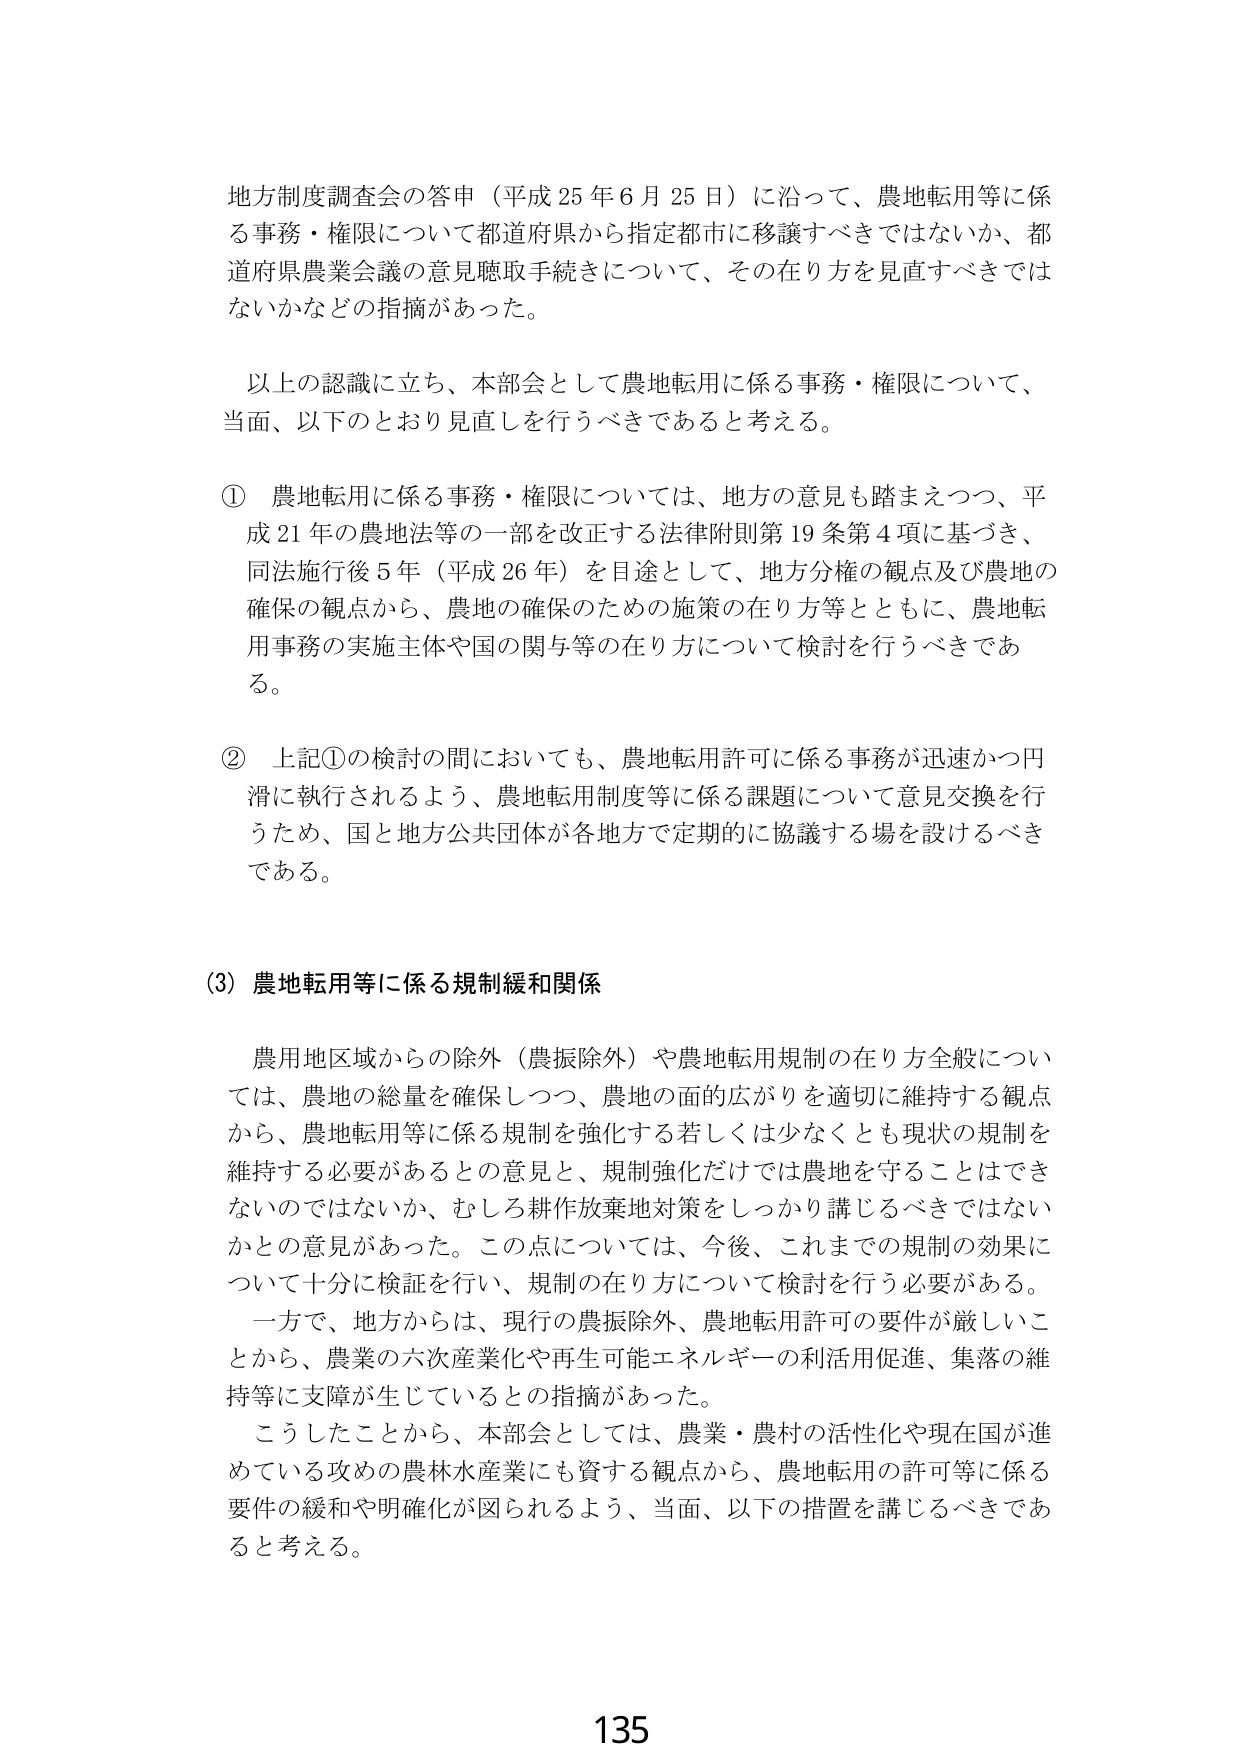
地方制度調査会の答申（平成25年6月25日）に沿って、農地転用等に係る事務・権限について都道府県から指定都市に移譲すべきではないか、都道府県農業会議の意見聴取手続きについて、その在り方を見直すべきではないかなどの指摘があった。

以上の認識に立ち、本部会として農地転用に係る事務・権限について、当面、以下のとおり見直しを行うべきであると考える。

① 農地転用に係る事務・権限については、地方の意見も踏まえつつ、平成21年の農地法等の一部を改正する法律附則第19条第4項に基づき、同法施行後5年（平成26年）を目途として、地方分権の観点及び農地の確保の観点から、農地の確保のための施策の在り方等とともに、農地転用事務の実施主体や国の関与等の在り方について検討を行うべきである。

② 上記①の検討の間においても、農地転用許可に係る事務が迅速かつ円滑に執行されるよう、農地転用制度等に係る課題について意見交換を行うため、国と地方公共団体が各地方で定期的に協議する場を設けるべきである。

（3）農地転用等に係る規制緩和関係

農用地区域からの除外（農振除外）や農地転用規制の在り方全般については、農地の総量を確保しつつ、農地の面的広がりを適切に維持する観点から、農地転用等に係る規制を強化する若しくは少なくとも現状の規制を維持する必要があるとの意見と、規制強化だけでは農地を守ることはできないのではないか、むしろ耕作放棄地対策をしっかり講じるべきではないかとの意見があった。この点については、今後、これまでの規制の効果について十分に検証を行い、規制の在り方について検討を行う必要がある。

一方で、地方からは、現行の農振除外、農地転用許可の要件が厳しいことから、農業の六次産業化や再生可能エネルギーの利活用促進、集落の維持等に支障が生じているとの指摘があった。

こうしたことから、本部会としては、農業・農村の活性化や現在国が進めている攻めの農林水産業にも資する観点から、農地転用の許可等に係る要件の緩和や明確化が図られるよう、当面、以下の措置を講じるべきであると考える。

135